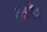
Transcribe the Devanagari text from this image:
भोः